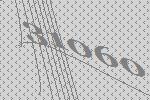
31060